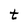
Character: t